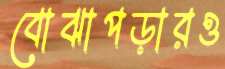
বোঝাপড়ারও